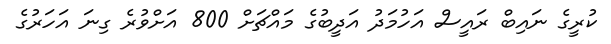
ކުރީގެ ނައިބް ރައީސް އަހުމަދު އަދީބުގެ މައްޗަށް 800 އަށްވުރެ ގިނަ އަހަރުގެ